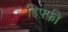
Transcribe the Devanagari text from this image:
डिफ़्फ़ी